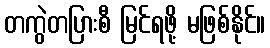
တကွဲတပြားစီ မြင်ရဖို့ မဖြစ်နိုင်။